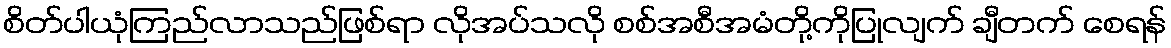
စိတ်ပါယုံကြည်လာသည်ဖြစ်ရာ လိုအပ်သလို စစ်အစီအမံတို့ကိုပြုလျက် ချီတက် စေရန်